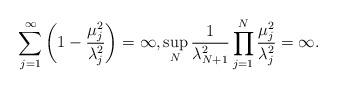
LaTeX: \begin{align*}\sum_{j=1}^\infty\left(1-\frac{\mu_j^2}{\lambda_j^2}\right)=\infty,\sup_N\frac{1}{\lambda_{N+1}^2} \prod_{j=1}^N \frac{\mu_j^2}{\lambda_j^2}=\infty.\end{align*}